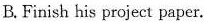
B. Finish his project paper.